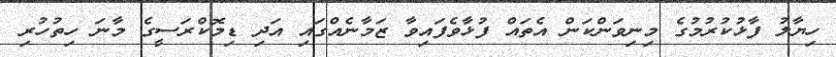
ހިޔާލު ފާޅުކުރުމުގެ މިނިވަންކަން އެތައް ފުޅާވެފައިވާ ޒަމާނެއްގައި އަދި ޑިމޮކްރަސީގެ މާނަ ހިތުހުރި